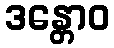
ဒန္တောဝ